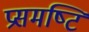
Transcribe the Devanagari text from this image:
प्रसमष्‍टि